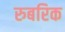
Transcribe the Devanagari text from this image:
रुबरिक